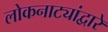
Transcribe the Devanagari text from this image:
लोकनाट्यांद्वारे